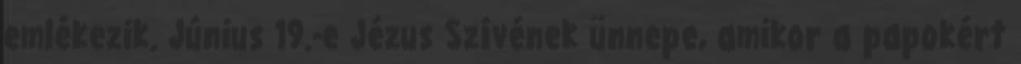
emlékezik. Június 19.-e Jézus Szívének ünnepe, amikor a papokért